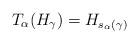
LaTeX: \begin{gather*}T_\alpha (H_\gamma )= H_{s_\alpha (\gamma )} \end{gather*}